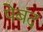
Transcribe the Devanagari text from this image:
पेबंद